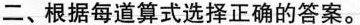
二、根据每道算式选择正确的答案。